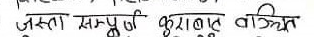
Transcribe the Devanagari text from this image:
जस्ता सम्पूर्ण कुशल वांछित